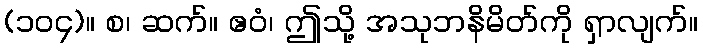
(၁၀၄)။ စ၊ ဆက်။ ဧဝံ၊ ဤသို့ အသုဘနိမိတ်ကို ရှာလျက်။